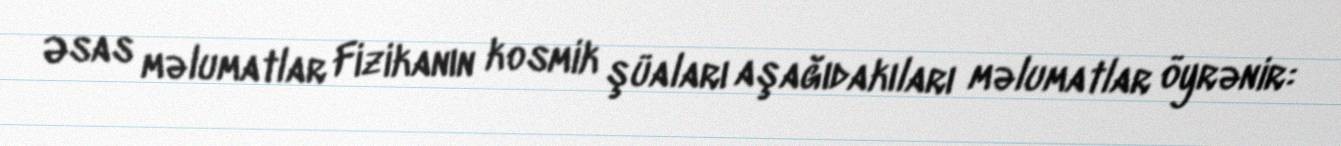
Əsas məlumatlar Fizikanın kosmik şüaları aşağıdakıları məlumatlar öyrənir: